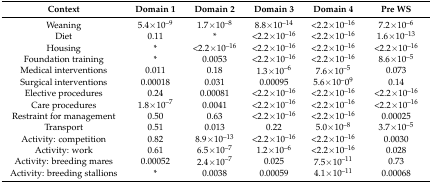
<table><thead><tr><td><b>Context</b></td><td><b>Domain 1</b></td><td><b>Domain 2</b></td><td><b>Domain 3</b></td><td><b>Domain 4</b></td><td><b>Pre WS</b></td></tr></thead><tbody><tr><td>Weaning</td><td>5.4×10<sup>–9</sup></td><td>1.7×10<sup>–8</sup></td><td>8.8×10<sup>–14</sup></td><td>&lt;2.2×10<sup>–16</sup></td><td>7.2×10<sup>–6</sup></td></tr><tr><td>Diet</td><td>0.11</td><td>*</td><td>&lt;2.2×10<sup>–16</sup></td><td>&lt;2.2×10<sup>–16</sup></td><td>1.6×10<sup>–13</sup></td></tr><tr><td>Housing</td><td>*</td><td>&lt;2.2×10<sup>–16</sup></td><td>&lt;2.2×10<sup>–16</sup></td><td>&lt;2.2×10<sup>–16</sup></td><td>&lt;2.2×10<sup>–16</sup></td></tr><tr><td>Foundation training</td><td>*</td><td>0.0053</td><td>&lt;2.2×10<sup>–16</sup></td><td>&lt;2.2×10<sup>–16</sup></td><td>8.6×10<sup>–5</sup></td></tr><tr><td>Medical interventions</td><td>0.011</td><td>0.18</td><td>1.3×10<sup>–6</sup></td><td>7.6×10<sup>–5</sup></td><td>0.073</td></tr><tr><td>Surgical interventions</td><td>0.00018</td><td>0.031</td><td>0.00095</td><td>5.6×10<sup>–</sup>0<sup>9</sup></td><td>0.14</td></tr><tr><td>Elective procedures</td><td>0.24</td><td>0.00081</td><td>&lt;2.2×10<sup>–16</sup></td><td>&lt;2.2×10<sup>–16</sup></td><td>&lt;2.2×10<sup>–16</sup></td></tr><tr><td>Care procedures</td><td>1.8×10<sup>–7</sup></td><td>0.0041</td><td>&lt;2.2×10<sup>–16</sup></td><td>&lt;2.2×10<sup>–16</sup></td><td>&lt;2.2×10<sup>–16</sup></td></tr><tr><td>Restraint for management</td><td>0.50</td><td>0.63</td><td>&lt;2.2×10<sup>–16</sup></td><td>&lt;2.2×10<sup>–16</sup></td><td>0.00025</td></tr><tr><td>Transport</td><td>0.51</td><td>0.013</td><td>0.22</td><td>5.0×10<sup>–8</sup></td><td>3.7×10<sup>–5</sup></td></tr><tr><td>Activity: competition</td><td>0.82</td><td>8.9×10<sup>–13</sup></td><td>&lt;2.2×10<sup>–16</sup></td><td>&lt;2.2×10<sup>–16</sup></td><td>0.0030</td></tr><tr><td>Activity: work </td><td>0.61</td><td>6.5×10<sup>–7</sup></td><td>1.2×10<sup>–6</sup></td><td>&lt;2.2×10<sup>–16</sup></td><td>0.028</td></tr><tr><td>Activity: breeding mares</td><td>0.00052</td><td>2.4×10<sup>–7</sup></td><td>0.025</td><td>7.5×10<sup>–11</sup></td><td>0.73</td></tr><tr><td>Activity: breeding stallions</td><td>*</td><td>0.0038</td><td>0.00059</td><td>4.1×10<sup>–11</sup></td><td>0.00068</td></tr></tbody></table>